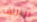
الزائف